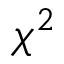
\chi ^ { 2 }